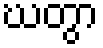
ဃတွာ